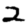
Digit: 2